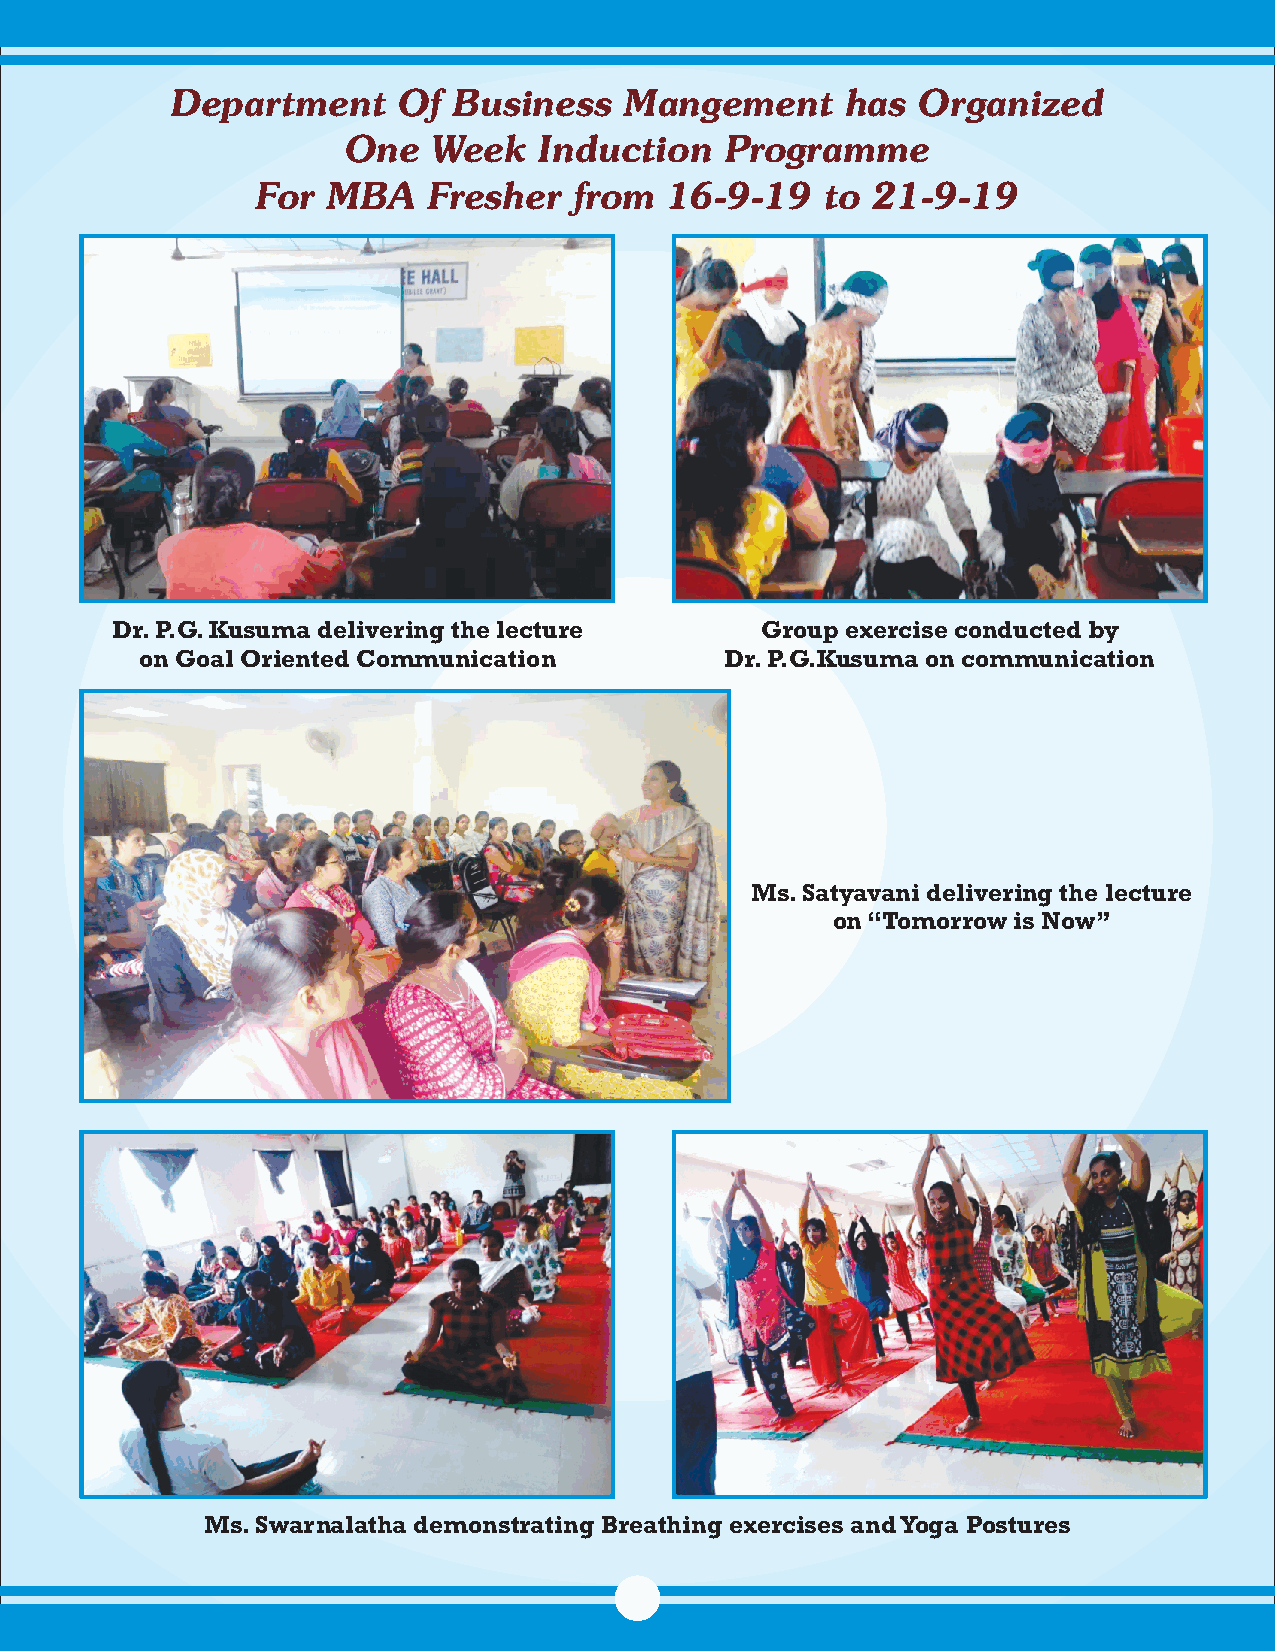
Department     Of  Business   Mangement      has  Organized
 One   Week   Induction   Programme
 For  MBA   Fresher   from  16-9-19    to 21-9-19
 Dr. P.G. Kusuma delivering the lecture     Group exercise conducted by
 on Goal Oriented Communication         Dr. P.G.Kusuma on communication
 Ms. Satyavani delivering the lecture
 on “Tomorrow is Now”
 Ms. Swarnalatha demonstrating Breathing exercises and Yoga Postures
 19